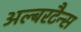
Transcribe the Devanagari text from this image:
अल्बरटैन्स